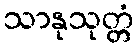
သာနုသုတ္တံ